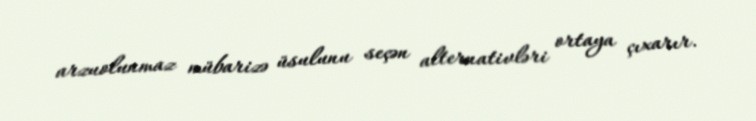
arzuolunmaz mübarizə üsulunu seçən alternativləri ortaya çıxarır.